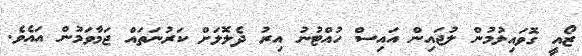
ޒޯއީ ގޮވައިލުމުން ލުޖައިން އައިސް ހުއްޓުނު އިރު ދެލޮލަށް ކަރުނަތައް ޖަމާވަމުން އައެވެ.